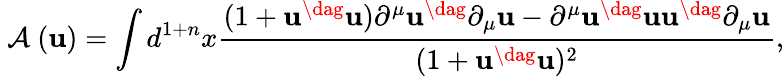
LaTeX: \mathrm{~\cal{A}~}({\mathbf{u}})=\int d^{1+n}x\frac{(1+{\mathbf{u}}^{\dag}{\mathbf{u}})\partial^{\mu}{\mathbf{u}}^{\dag}\partial_{\mu}{\mathbf{u}}-\partial^{\mu}{\mathbf{u}}^{\dag}{\mathbf{u}}{\mathbf{u}}^{\dag}\partial_{\mu}{\mathbf{u}}}{(1+{\mathbf{u}}^{\dag}{\mathbf{u}})^{2}},